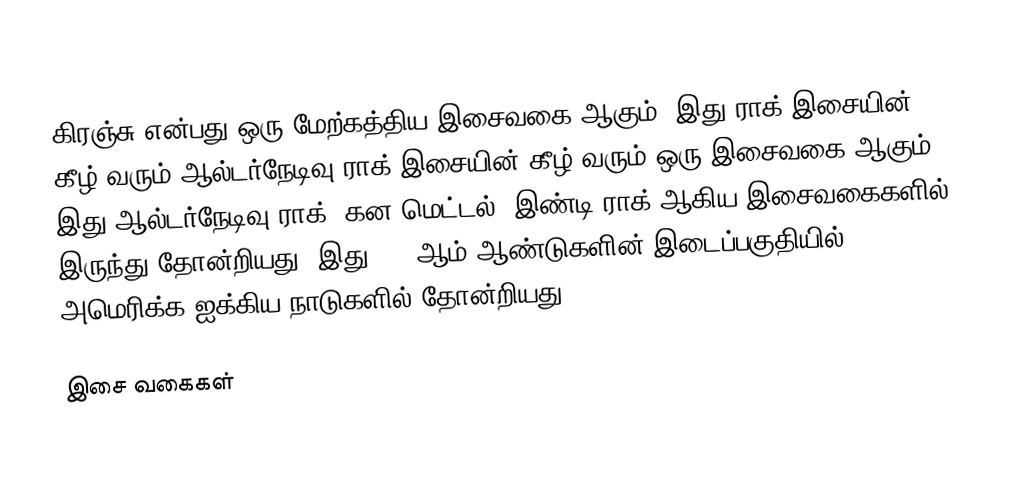
கிரஞ்சு என்பது ஒரு மேற்கத்திய இசைவகை ஆகும். இது ராக் இசையின் கீழ் வரும் ஆல்டர்நேடிவு ராக் இசையின் கீழ் வரும் ஒரு இசைவகை ஆகும். இது ஆல்டர்நேடிவு ராக், கன மெட்டல், இண்டி ராக் ஆகிய இசைவகைகளில் இருந்து தோன்றியது. இது 1980ஆம் ஆண்டுகளின் இடைப்பகுதியில் அமெரிக்க ஐக்கிய நாடுகளில் தோன்றியது.

இசை வகைகள்